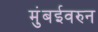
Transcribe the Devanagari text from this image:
मुंबईवरुन